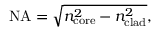
\mathrm { N A } = { \sqrt { n _ { \mathrm { c o r e } } ^ { 2 } - n _ { \mathrm { c l a d } } ^ { 2 } } } ,